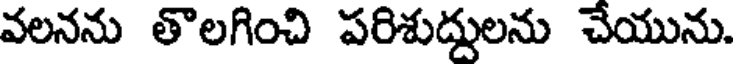
వలనను తొలగించి పరిశుద్దులను చేయును.